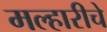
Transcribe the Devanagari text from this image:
मल्हारीचे